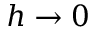
h \rightarrow 0